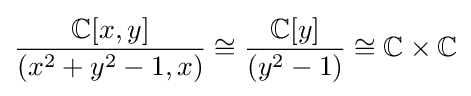
{\frac {\mathbb {C} [x,y]}{(x^{2}+y^{2}-1,x)}}\cong {\frac {\mathbb {C} [y]}{(y^{2}-1)}}\cong \mathbb {C} \times \mathbb {C}